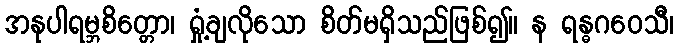
အနုပါရမ္ဘစိတ္တော၊ ရှုံ့ချလိုသော စိတ်မရှိသည်ဖြစ်၍။ န ရန္ဓဂဝေသီ၊